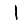
Digit: 1